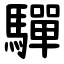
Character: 驒